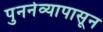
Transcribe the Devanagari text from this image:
पुनर्नव्यापासून